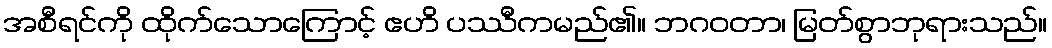
အစီရင်ကို ထိုက်သောကြောင့် ဧဟိ ပဿီကမည်၏။ ဘဂဝတာ၊ မြတ်စွာဘုရားသည်။